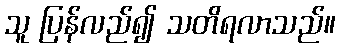
သူ ပြန်လည်၍ သတိရလာသည်။